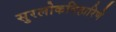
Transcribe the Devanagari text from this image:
सुरलोकविहारिणे